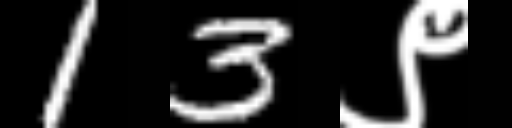
Text: 13९